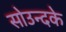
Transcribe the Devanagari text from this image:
सोउन्दके